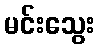
မင်းသွေး